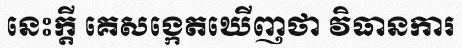
នេះក្តី គេសង្កេតឃើញថា វិធានការ